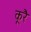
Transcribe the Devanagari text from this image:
कूरै